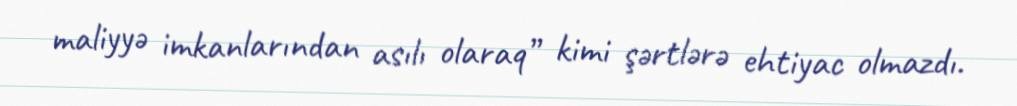
maliyyə imkanlarından asılı olaraq” kimi şərtlərə ehtiyac olmazdı.